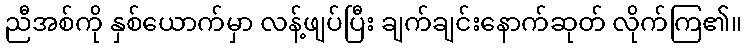
ညီအစ်ကို နှစ်ယောက်မှာ လန့်ဖျပ်ပြီး ချက်ချင်းနောက်ဆုတ် လိုက်ကြ၏။